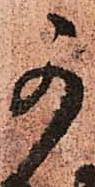
可